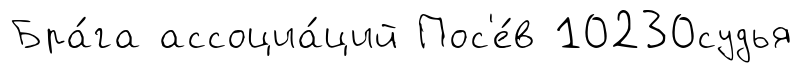
Бра́га ассоциа́ций Пос'е́в 10230судья